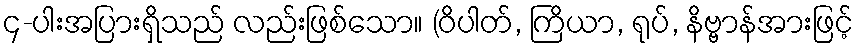
၄-ပါးအပြားရှိသည် လည်းဖြစ်သော။ (ဝိပါတ်, ကြိယာ, ရုပ်, နိဗ္ဗာန်အားဖြင့်